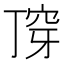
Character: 𬻣